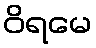
ဝိရမေ